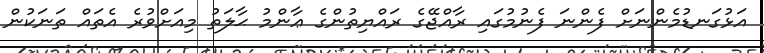
އަޅުގަނޑުމެންނަށް ފެންނަ ފެނުމުގައި ރާއްޖޭގެ ރައްޔިތުންގެ ޢާންމު ޙާލަތު މިއަށްވުރެ އެތައް ތަނަކުން